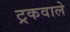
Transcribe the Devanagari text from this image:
ट्रकवाले